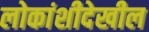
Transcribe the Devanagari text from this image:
लोकांशीदेखील